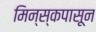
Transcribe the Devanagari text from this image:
मिन्स्कपासून